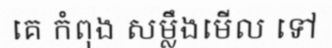
គេ កំពុង សម្លឹងមើល ទៅ